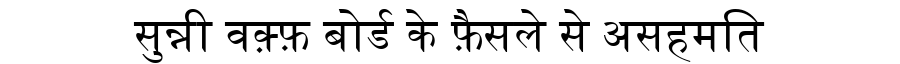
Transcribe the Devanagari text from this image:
सुन्नी वक़्फ़ बोर्ड के फ़ैसले से असहमति